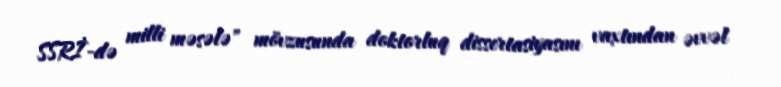
SSRİ-də milli məsələ" mövzusunda doktorluq dissertasiyasını vaxtından əvvəl